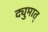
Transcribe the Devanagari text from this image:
द्युमात्